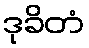
ဒုခိတံ